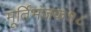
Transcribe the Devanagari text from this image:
मूर्तिभंजक१८